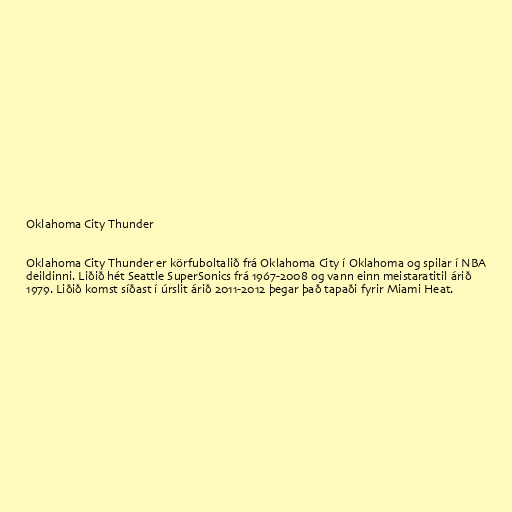
Oklahoma City Thunder

Oklahoma City Thunder er körfuboltalið frá Oklahoma City í Oklahoma og spilar í NBA
deildinni. Liðið hét Seattle SuperSonics frá 1967-2008 og vann einn meistaratitil árið
1979. Liðið komst síðast í úrslit árið 2011-2012 þegar það tapaði fyrir Miami Heat.